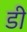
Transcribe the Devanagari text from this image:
डी़